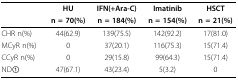
<table><thead><tr><td></td><td><b>HU</b></td><td><b>IFN(+Ara-C)</b></td><td><b>Imatinib</b></td><td><b>HSCT</b></td></tr><tr><td></td><td><b>n = 70(%)</b></td><td><b>n = 184(%)</b></td><td><b>n = 154(%)</b></td><td><b>n = 21(%)</b></td></tr></thead><tbody><tr><td>CHR n(%)</td><td>44(62.9)</td><td>139(75.5)</td><td>142(92.2)</td><td>17(81.0)</td></tr><tr><td>MCyR n(%)</td><td>0</td><td>37(20.1)</td><td>116(75.3)</td><td>15(71.4)</td></tr><tr><td>CCyR n(%)</td><td>0</td><td>29(15.8)</td><td>99(64.3)</td><td>15(71.4)</td></tr><tr><td>ND1</td><td>47(67.1)</td><td>43(23.4)</td><td>5(3.2)</td><td>0</td></tr></tbody></table>